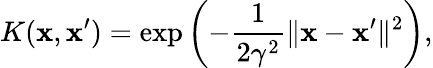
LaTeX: K(\mathbf{x},\mathbf{x}^{\prime})=\exp\left(-\frac{{1}}{{2\gamma^{2}}}\| \mathbf{x}-\mathbf{x}^{\prime}\| ^{2}\right),